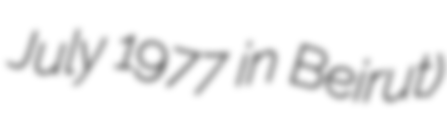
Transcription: July 1977 in Beirut)